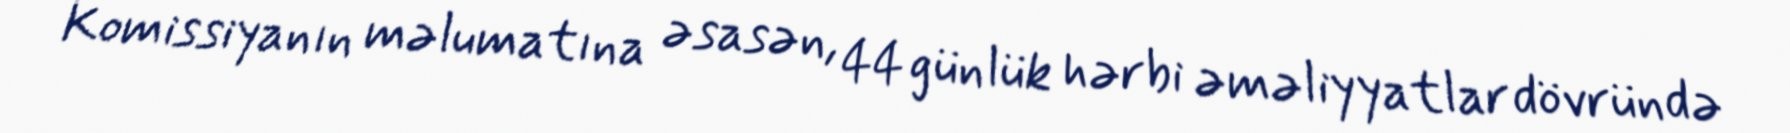
Komissiyanın məlumatına əsasən, 44 günlük hərbi əməliyyatlar dövründə